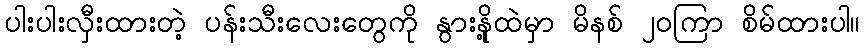
ပါးပါးလှီးထားတဲ့ ပန်းသီးလေးတွေကို နွားနို့ထဲမှာ မိနစ် ၂၀ကြာ စိမ်ထားပါ။